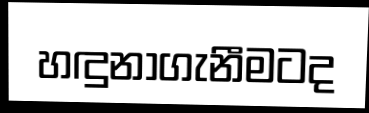
හඳුනාගැනීමටද